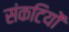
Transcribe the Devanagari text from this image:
संकटियों